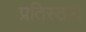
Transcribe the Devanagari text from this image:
प्रतिस्ठान